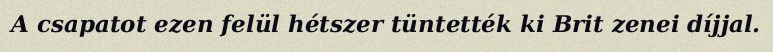
A csapatot ezen felül hétszer tüntették ki Brit zenei díjjal.